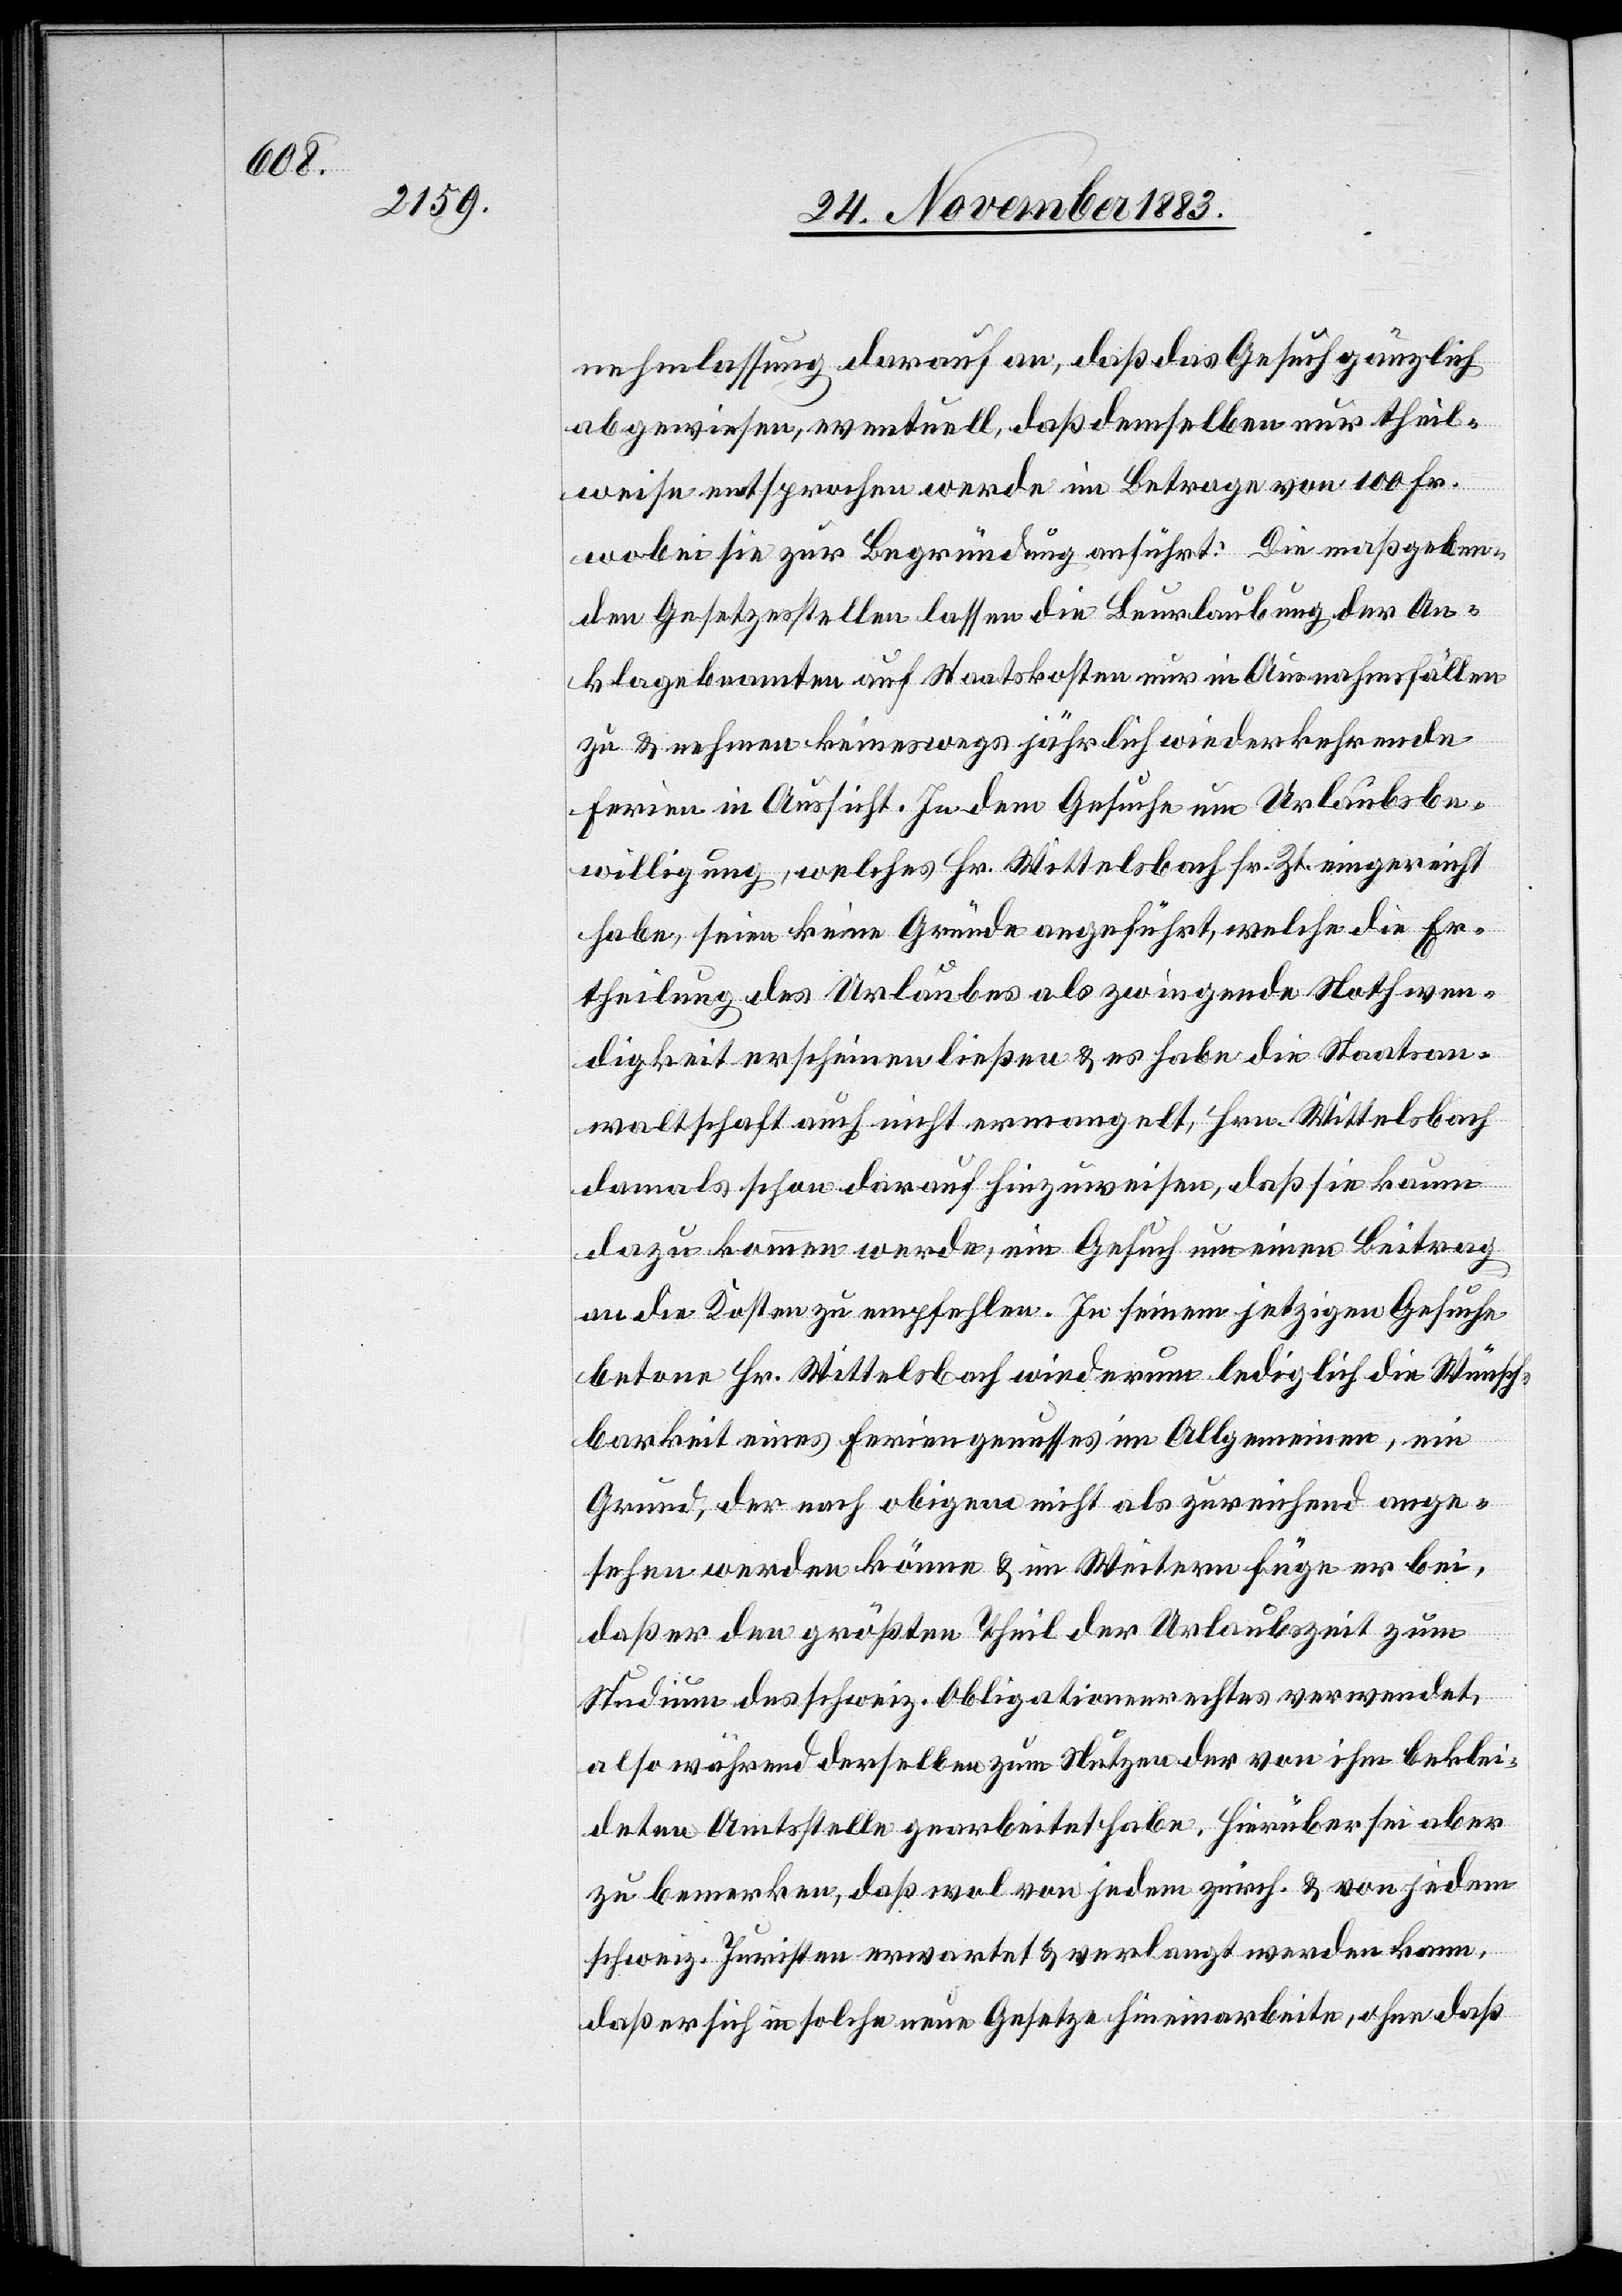
nehmlassung darauf an, daß das Gesuch gänzlich
abgewiesen, eventuell, daß demselben nur theil¬
weise entsprochen werde i Betrage von 100 Fr.
wobei sie zur Begründung anführt: Die maßgeben¬
den Gesetzesstellen lassen die Beurlaubung der An¬
klagebeamten auf Staatskosten nur in Ausnahmsfällen
zu & nehmen keineswegs jährlich wiederkehrende
Ferien in Aussicht. In dem Gesuche um Urlaubsbe¬
willigung, welches Hr. Wittelsbach sr. Zt. eingereicht
habe, seien keine Gründe angeführt, welche die Er¬
theilung des Urlaubes als zwingende Nothwen¬
digkeit erscheinen ließen & es habe die Staatsan¬
waltschaft auch nicht ermangelt, Hrn. Wittelsbach
damals schon darauf hinzuweisen, daß sie kaum
dazu kommen werde, ein Gesuch um einen Beitrag
an die Kosten zu empfehlen. In seinem jetzigen Gesuche
betone Hr. Wittelsbach wiederum lediglich die Wünsch¬
barkeit eines Feriengenusses im Allgemeinen, ein
Grund, der nach obigem nicht als zureichend ange¬
sehen werden könne & im Weitern füge er bei,
daß er den größten Theil der Urlaubszeit zum
Studium des schweiz. Obligationenrechtes verwendet,
also während derselben zum Nutzen der von ihm beklei¬
deten Amtsstelle gearbeitet habe. Hierüber sei aber
zu bemerken, daß wol von jedem zürch. & von jedem
schweiz. Juristen erwartet & verlangt werden kann,
daß er sich in solche neue Gesetze hineinarbeite, ohne daß